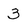
Character: 3